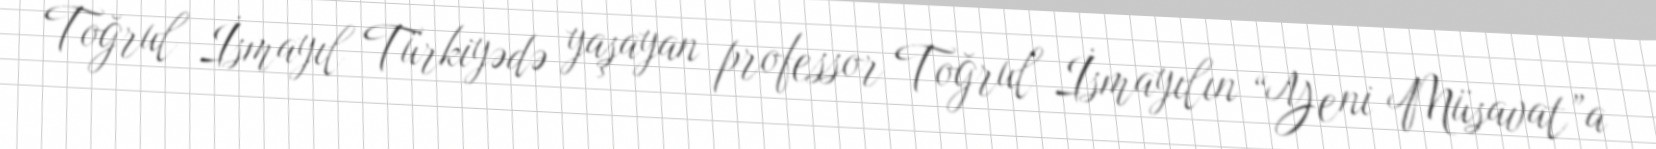
Toğrul İsmayıl Türkiyədə yaşayan professor Toğrul İsmayılın “Yeni Müsavat”a